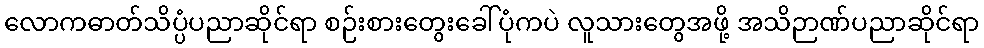
လောကဓာတ်သိပ္ပံပညာဆိုင်ရာ စဉ်းစားတွေးခေါ်ပုံကပဲ လူသားတွေအဖို့ အသိဉာဏ်ပညာဆိုင်ရာ